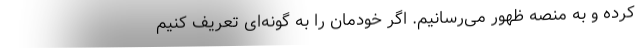
کرده و به منصه ظهور می‌رسانیم. اگر خودمان را به گونه‌ای تعریف کنیم